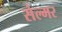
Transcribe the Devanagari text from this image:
सेल्मर